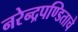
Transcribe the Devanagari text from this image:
नरेन्द्रपण्डिताचे